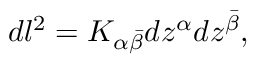
d l ^ { 2 } = K _ { \alpha { \bar { \beta } } } d z ^ { \alpha } d z ^ { \bar { \beta } } ,